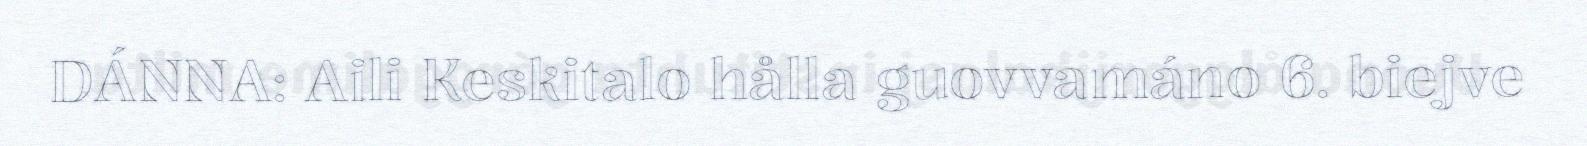
DÁNNA: Aili Keskitalo hålla guovvamáno 6. biejve